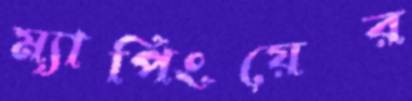
ম্যাপিংয়ের